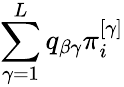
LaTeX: \sum_{\gamma=1}^{L}q_{\beta\gamma}\pi_{i}^{\left[\gamma\right]}